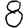
Digit: 8